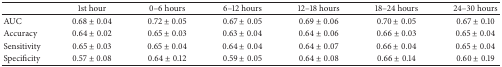
<table><thead><tr><td><b> </b></td><td><b>1st hour</b></td><td><b>0–6 hours</b></td><td><b>6–12 hours</b></td><td><b>12–18 hours</b></td><td><b>18–24 hours</b></td><td><b>24–30 hours</b></td></tr></thead><tbody><tr><td>AUC</td><td>0.68 ± 0.04</td><td>0.72 ± 0.05</td><td>0.67 ± 0.05</td><td>0.69 ± 0.06</td><td>0.70 ± 0.05</td><td>0.67 ± 0.10</td></tr><tr><td>Accuracy</td><td>0.64 ± 0.02</td><td>0.65 ± 0.03</td><td>0.63 ± 0.04</td><td>0.64 ± 0.06</td><td>0.66 ± 0.03</td><td>0.65 ± 0.04</td></tr><tr><td>Sensitivity</td><td>0.65 ± 0.03</td><td>0.65 ± 0.04</td><td>0.64 ± 0.04</td><td>0.64 ± 0.07</td><td>0.66 ± 0.04</td><td>0.65 ± 0.04</td></tr><tr><td>Specificity</td><td>0.57 ± 0.08</td><td>0.64 ± 0.12</td><td>0.59 ± 0.05</td><td>0.64 ± 0.08</td><td>0.66 ± 0.14</td><td>0.60 ± 0.19</td></tr></tbody></table>